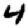
Digit: 4